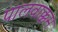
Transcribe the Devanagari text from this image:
पालवाक्कम